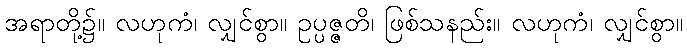
အရာတို့၌။ လဟုကံ၊ လျှင်စွာ။ ဥပ္ပဇ္ဇတိ၊ ဖြစ်သနည်း။ လဟုကံ၊ လျှင်စွာ။